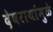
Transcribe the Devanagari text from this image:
देवरायांमुळे